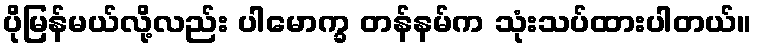
ပိုမြန်မယ်လို့လည်း ပါမောက္ခ တန်နမ်က သုံးသပ်ထားပါတယ်။